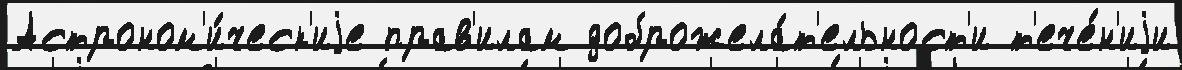
Астроном'и́ческ'иjе прав'илам доброжела́т'ельност'и т'ече́н'иjи